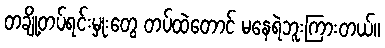
တချို့တပ်ရင်းမှုးတွေ တပ်ထဲတောင် မနေရဲဘူးကြားတယ်။